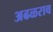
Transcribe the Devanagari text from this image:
अढळराव